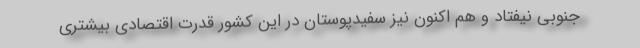
جنوبی نیفتاد و هم اکنون نیز سفیدپوستان در این کشور قدرت اقتصادی بیشتری